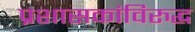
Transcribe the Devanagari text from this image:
प्रशासकांविरुद्ध